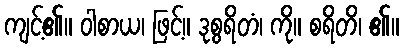
ကျင့်၏။ ဝါစာယ၊ ဖြင့်။ ဒုစွရိတံ၊ ကို။ စရိတိ၊ ၏။